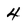
Character: 4